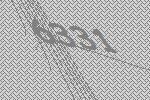
6331